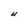
Character: U